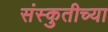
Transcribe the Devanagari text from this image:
संस्कुतीच्या